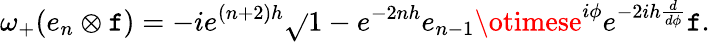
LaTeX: \omega_{+}(e_{n}\otimes\mathtt{f})=-ie^{(n+2)h}\sqrt{}{{1-e^{-2nh}}}e_{n-1}\otimese^{i\phi}e^{-2ih\frac{{d}}{{d\phi}}}\mathtt{f}.